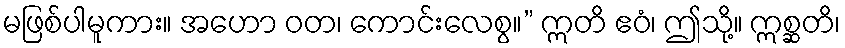
မဖြစ်ပါမူကား။ အဟော ဝတ၊ ကောင်းလေစွ။” ဣတိ ဧဝံ၊ ဤသို့။ ဣစ္ဆတိ၊